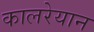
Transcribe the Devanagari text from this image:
कालरेयान